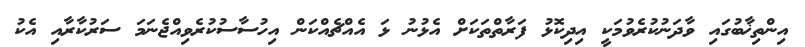
އިންތިޚާބުގައި ވާދަނުކުރެވުމަކީ އިދިކޮޅު ފަރާތްތަކަށް އެޅުނު ޅަ އެއްޗެއްކަން އިހުސާސުކުރެވިއްޖެނަމަ ސަރުކާރާއި އެކު